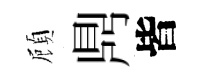
頋𪔂皆